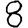
Digit: 8